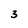
Character: 3